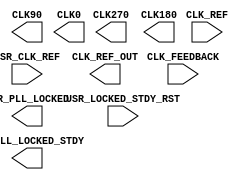
// This program was cloned from: https://github.com/Nitcloud/Digital-IDE
// License: GNU General Public License v3.0

/*
 *  yosys -- Yosys Open SYnthesis Suite
 *
 *  Copyright (C) 2021  Cologne Chip AG <support@colognechip.com>
 *
 *  Permission to use, copy, modify, and/or distribute this software for any
 *  purpose with or without fee is hereby granted, provided that the above
 *  copyright notice and this permission notice appear in all copies.
 *
 *  THE SOFTWARE IS PROVIDED "AS IS" AND THE AUTHOR DISCLAIMS ALL WARRANTIES
 *  WITH REGARD TO THIS SOFTWARE INCLUDING ALL IMPLIED WARRANTIES OF
 *  MERCHANTABILITY AND FITNESS. IN NO EVENT SHALL THE AUTHOR BE LIABLE FOR
 *  ANY SPECIAL, DIRECT, INDIRECT, OR CONSEQUENTIAL DAMAGES OR ANY DAMAGES
 *  WHATSOEVER RESULTING FROM LOSS OF USE, DATA OR PROFITS, WHETHER IN AN
 *  ACTION OF CONTRACT, NEGLIGENCE OR OTHER TORTIOUS ACTION, ARISING OUT OF
 *  OR IN CONNECTION WITH THE USE OR PERFORMANCE OF THIS SOFTWARE.
 *
 */

(* blackbox *)
module CC_PLL #(
	parameter REF_CLK = "", // e.g. "10.0"
	parameter OUT_CLK = "", // e.g. "50.0"
	parameter PERF_MD = "", // LOWPOWER, ECONOMY, SPEED
	parameter LOW_JITTER = 1,
	parameter CI_FILTER_CONST = 2,
	parameter CP_FILTER_CONST = 4
)(
	input  CLK_REF, CLK_FEEDBACK, USR_CLK_REF,
	input  USR_LOCKED_STDY_RST,
	output USR_PLL_LOCKED_STDY, USR_PLL_LOCKED,
	output CLK270, CLK180, CLK90, CLK0, CLK_REF_OUT
);
endmodule

(* blackbox *)
module CC_PLL_ADV #(
	parameter [95:0] PLL_CFG_A = 96'bx,
	parameter [95:0] PLL_CFG_B = 96'bx
)(
	input  CLK_REF, CLK_FEEDBACK, USR_CLK_REF,
	input  USR_LOCKED_STDY_RST, USR_SEL_A_B,
	output USR_PLL_LOCKED_STDY, USR_PLL_LOCKED,
	output CLK270, CLK180, CLK90, CLK0, CLK_REF_OUT
);
endmodule

(* blackbox *) (* keep *)
module CC_SERDES #(
	parameter SERDES_CFG = ""
)(
	input [63:0] TX_DATA_I,
	input TX_RESET_I,
	input TX_PCS_RESET_I,
	input TX_PMA_RESET_I,
	input PLL_RESET_I,
	input TX_POWERDOWN_N_I,
	input TX_POLARITY_I,
	input [2:0] TX_PRBS_SEL_I,
	input TX_PRBS_FORCE_ERR_I,
	input TX_8B10B_EN_I,
	input [7:0] TX_8B10B_BYPASS_I,
	input [7:0] TX_CHAR_IS_K_I,
	input [7:0] TX_CHAR_DISPMODE_I,
	input [7:0] TX_CHAR_DISPVAL_I,
	input TX_ELEC_IDLE_I,
	input TX_DETECT_RX_I,
	input [2:0] LOOPBACK_I,
	input CLK_CORE_TX_I,
	input CLK_CORE_RX_I,
	input RX_RESET_I,
	input RX_PMA_RESET_I,
	input RX_EQA_RESET_I,
	input RX_CDR_RESET_I,
	input RX_PCS_RESET_I,
	input RX_BUF_RESET_I,
	input RX_POWERDOWN_N_I,
	input RX_POLARITY_I,
	input [2:0] RX_PRBS_SEL_I,
	input RX_PRBS_CNT_RESET_I,
	input RX_8B10B_EN_I,
	input [7:0] RX_8B10B_BYPASS_I,
	input RX_EN_EI_DETECTOR_I,
	input RX_COMMA_DETECT_EN_I,
	input RX_SLIDE_I,
	input RX_MCOMMA_ALIGN_I,
	input RX_PCOMMA_ALIGN_I,
	input CLK_REG_I,
	input REGFILE_WE_I,
	input REGFILE_EN_I,
	input [7:0] REGFILE_ADDR_I,
	input [15:0] REGFILE_DI_I,
	input [15:0] REGFILE_MASK_I,
	output [63:0] RX_DATA_O,
	output [7:0] RX_NOT_IN_TABLE_O,
	output [7:0] RX_CHAR_IS_COMMA_O,
	output [7:0] RX_CHAR_IS_K_O,
	output [7:0] RX_DISP_ERR_O,
	output RX_DETECT_DONE_O,
	output RX_PRESENT_O,
	output TX_BUF_ERR_O,
	output TX_RESETDONE_O,
	output RX_PRBS_ERR_O,
	output RX_BUF_ERR_O,
	output RX_BYTE_IS_ALIGNED_O,
	output RX_BYTE_REALIGN_O,
	output RX_RESETDONE_O,
	output RX_EI_EN_O,
	output CLK_CORE_RX_O,
	output CLK_CORE_PLL_O,
	output [15:0] REGFILE_DO_O,
	output REGFILE_RDY_O
);
endmodule

(* blackbox *) (* keep *)
module CC_CFG_CTRL(
	input [7:0] DATA,
	input CLK,
	input EN,
	input RECFG,
	input VALID
);
endmodule

(* blackbox *)
module CC_FIFO_40K (
	output A_ECC_1B_ERR,
	output B_ECC_1B_ERR,
	output A_ECC_2B_ERR,
	output B_ECC_2B_ERR,
	// FIFO pop port
	output [39:0] A_DO,
	output [39:0] B_DO,
	(* clkbuf_sink *)
	input  A_CLK,
	input  A_EN,
	// FIFO push port
	input  [39:0] A_DI,
	input  [39:0] B_DI,
	input  [39:0] A_BM,
	input  [39:0] B_BM,
	(* clkbuf_sink *)
	input  B_CLK,
	input  B_EN,
	input  B_WE,
	// FIFO control
	input  F_RST_N,
	input  [12:0] F_ALMOST_FULL_OFFSET,
	input  [12:0] F_ALMOST_EMPTY_OFFSET,
	// FIFO status signals
	output F_FULL,
	output F_EMPTY,
	output F_ALMOST_FULL,
	output F_ALMOST_EMPTY,
	output F_RD_ERROR,
	output F_WR_ERROR,
	output [15:0] F_RD_PTR,
	output [15:0] F_WR_PTR
);
	// Location format: D(0..N-1)X(0..3)Y(0..7) or UNPLACED
	parameter LOC = "UNPLACED";

	// Offset configuration
	parameter [12:0] ALMOST_FULL_OFFSET = 12'b0;
	parameter [12:0] ALMOST_EMPTY_OFFSET = 12'b0;

	// Port Widths
	parameter A_WIDTH = 0;
	parameter B_WIDTH = 0;

	// RAM and Write Modes
	parameter RAM_MODE = "SDP"; // "TPD" or "SDP"
	parameter FIFO_MODE = "SYNC"; // "ASYNC" or "SYNC"

	// Inverting Control Pins
	parameter A_CLK_INV = 1'b0;
	parameter B_CLK_INV = 1'b0;
	parameter A_EN_INV = 1'b0;
	parameter B_EN_INV = 1'b0;
	parameter A_WE_INV = 1'b0;
	parameter B_WE_INV = 1'b0;

	// Output Register
	parameter A_DO_REG = 1'b0;
	parameter B_DO_REG = 1'b0;

	// Error Checking and Correction
	parameter A_ECC_EN  = 1'b0;
	parameter B_ECC_EN  = 1'b0;
endmodule